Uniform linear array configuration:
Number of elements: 64
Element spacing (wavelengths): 0.75
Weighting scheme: exponential
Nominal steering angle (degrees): -15
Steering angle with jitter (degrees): -15.823
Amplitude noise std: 0.05
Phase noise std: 0.05

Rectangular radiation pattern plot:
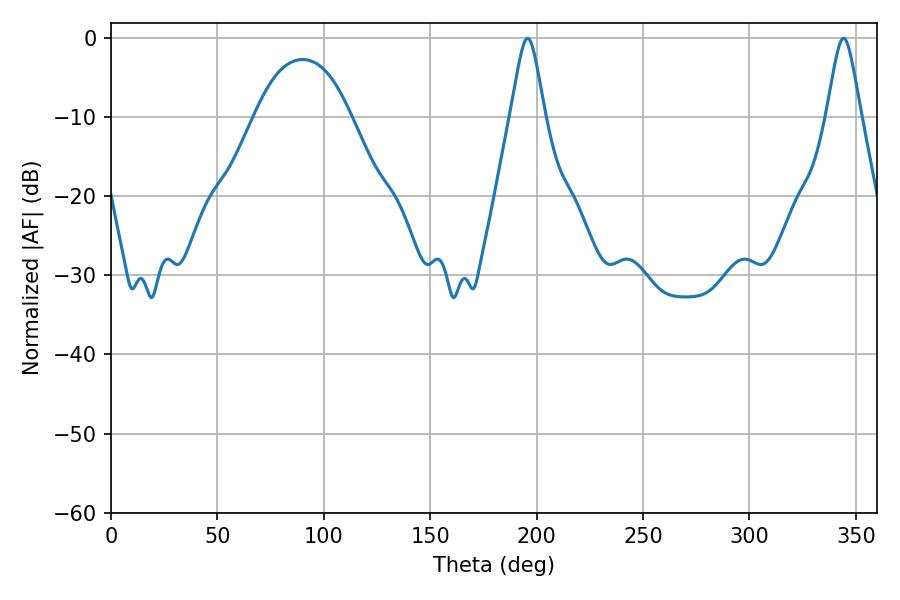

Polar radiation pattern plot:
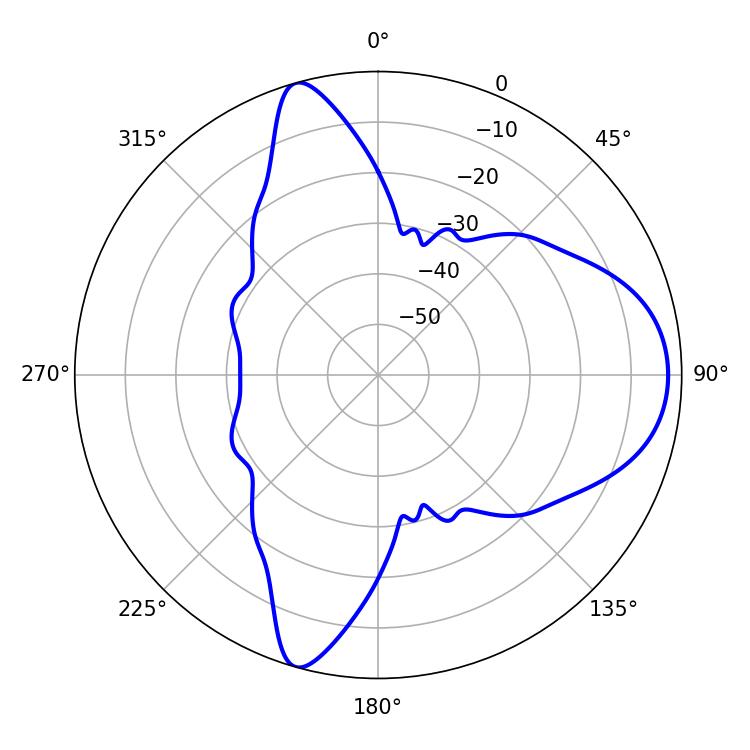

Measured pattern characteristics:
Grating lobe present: TRUE
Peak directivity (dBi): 9.801
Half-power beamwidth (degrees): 7.74
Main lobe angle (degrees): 195.84